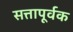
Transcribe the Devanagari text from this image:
सत्तापूर्वक